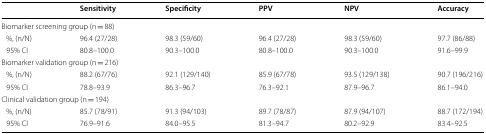
|  | Sensitivity | Specificity | PPV | NPV | Accuracy |
 | --- | --- | --- | --- | --- | --- |
 | <COLSPAN=6> Biomarker screening group (n = 88) |
 | %, (n/N) | 96.4 (27/28) | 98.3 (59/60) | 96.4 (27/28) | 98.3 (59/60) | 97.7 (86/88) |
 | 95% CI | 80.8–100.0 | 90.3–100.0 | 80.8–100.0 | 90.3–100.0 | 91.6–99.9 |
 | <COLSPAN=6> Biomarker validation group (n = 216) |
 | %, (n/N) | 88.2 (67/76) | 92.1 (129/140) | 85.9 (67/78) | 93.5 (129/138) | 90.7 (196/216) |
 | 95% CI | 78.8–93.9 | 86.3–96.7 | 76.3–92.1 | 87.9–96.7 | 86.1–94.0 |
 | <COLSPAN=6> Clinical validation group (n = 194) |
 | %, (n/N) | 85.7 (78/91) | 91.3 (94/103) | 89.7 (78/87) | 87.9 (94/107) | 88.7 (172/194) |
 | 95% CI | 76.9–91.6 | 84.0–95.5 | 81.3–94.7 | 80.2–92.9 | 83.4–92.5 |